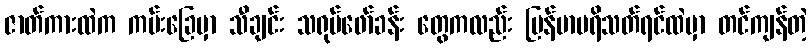
ဇာတ်ကားထဲက ကမ်းခြေမှာ သီချင်း သရုပ်ဖော်ခန်း တွေကလည်း မြန်မာပရိသတ်ရင်ထဲမှာ တင်ကျန်တဲ့